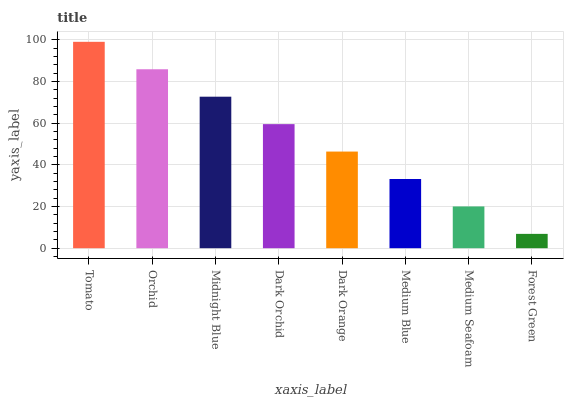
| xaxis_label | bars |
 | --- | --- |
 | Tomato | 99 |
 | Orchid | 85.8 |
 | Midnight Blue | 72.7 |
 | Dark Orchid | 59.5 |
 | Dark Orange | 46.4 |
 | Medium Blue | 33.2 |
 | Medium Seafoam | 20 |
 | Forest Green | 6.87 |